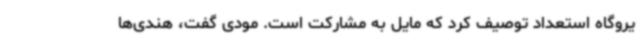
یروگاه استعداد توصیف کرد که مایل به مشارکت است. مودی گفت، هندی‌ها